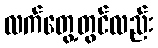
လက်တွေ့တွင်လည်း